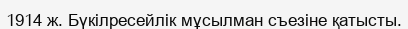
1914 ж. Бүкілресейлік мұсылман съезіне қатысты.